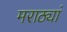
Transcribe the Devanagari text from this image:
मराठ्यां